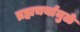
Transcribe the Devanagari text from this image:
ब्रह्मचर्यामुळे